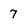
Character: 7